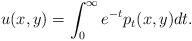
LaTeX: \begin{align*}u(x,y)=\int_0^\infty e^{-t} p_t(x,y)dt.\end{align*}